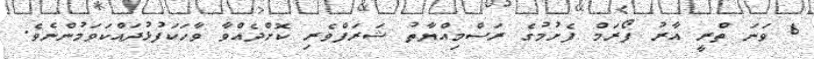
6 ވަނަ ތްރީ އާރު ފޯރަމް ފެށުމުގެ ރަސްމިއްޔާތު ޝަރަފްވެރި ކޮށްދެއްވާ ވާހަކަފުޅުދައްކަވަމުންނެވެ.